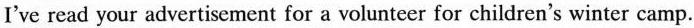
I've read your advertisement for a volunteer for children's winter camp.